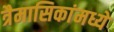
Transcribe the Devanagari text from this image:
त्रैमासिकांमध्ये